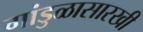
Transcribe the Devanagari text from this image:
गांडुळासारखी